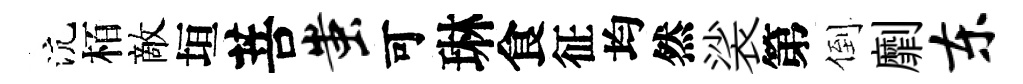
沆栢敵垣菩蚩可琳食征均然裟第倒劘东